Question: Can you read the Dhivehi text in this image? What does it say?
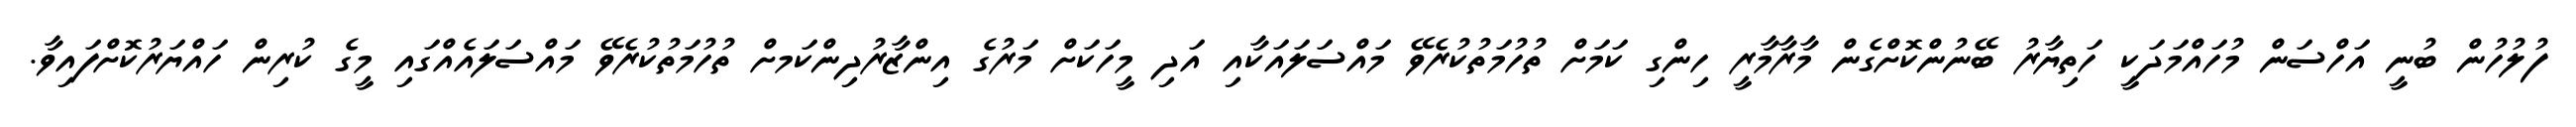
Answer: ފުލުހުން ބުނީ އަހްސަން މުހައްމަދަކީ ހަތިޔާރު ބޭނުންކޮށްގެން މާރާމާރީ ހިންގި ކަމަށް ތުހުމަތުކުރެވޭ މައްސަލައަކާއި އަދި މީހަކަށް މަރުގެ އިންޒާރުދިންކަމށް ތުހުމަތުކުރެވޭ މައްސަލައެއްގައި މީގެ ކުރިން ހައްޔަރުކޮށްފައިވާ.